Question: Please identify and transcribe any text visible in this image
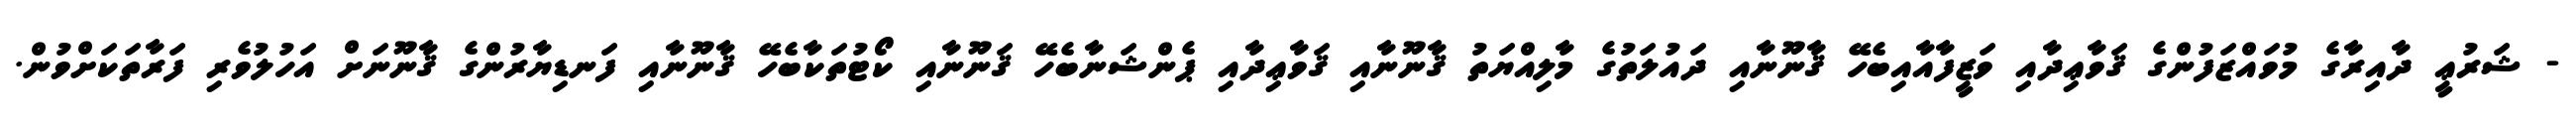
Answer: - ޝަރުޢީ ދާއިރާގެ މުވައްޒަފުންގެ ޤަވާޢިދާއި ވަޒީފާއާއިބެހޭ ޤާނޫނާއި ދައުލަތުގެ މާލިއްޔަތު ޤާނޫނާއި ޤަވާޢިދާއި ޕެންޝަނާބެހޭ ޤަނޫނާއި ކޯޓުތަކާބެހޭ ޤާނޫނާއި ފަނޑިޔާރުންގެ ޤާނޫނަށް އަހުލުވެރި ފަރާތަކަށްވުން.